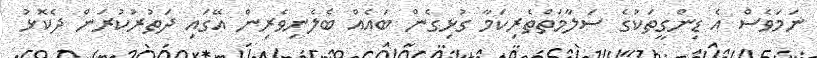
ނަމަވެސް އެ ޑިންގީތަކުގެ ސަލާމަތްތެރިކަމާ ގުޅިގެން ބައެއް ބެލެނިވެރިން އޭގައި ދަތުރުކުރަން ދެކޮޅު